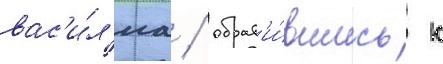
вас'и́л'иа / обрат'и́вшись к